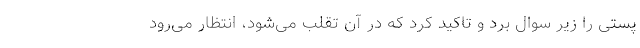
پستی را زیر سوال برد و تاکید کرد که در آن تقلب می‌شود، انتظار می‌رود